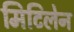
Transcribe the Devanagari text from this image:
मिटिलेन